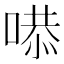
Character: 𠹅